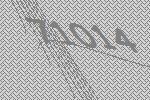
71014